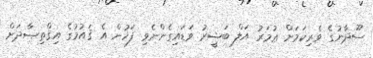
ސޫދާނުގެ ވެރިކަމަށް ޢުމަރު އަލް ބަޝީރު ވަޑައިގެންނެވި ފަހުން އެ ޤައުމުގެ އިޤްތިޞާދަށް